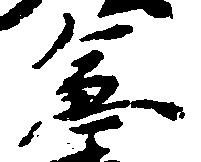
急